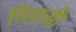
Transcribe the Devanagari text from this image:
पिछडी